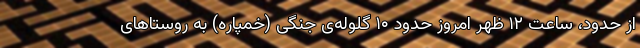
از حدود، ساعت ۱۲ ظهر امروز حدود ۱۰ گلوله‌ی جنگی (خمپاره) به روستاهای